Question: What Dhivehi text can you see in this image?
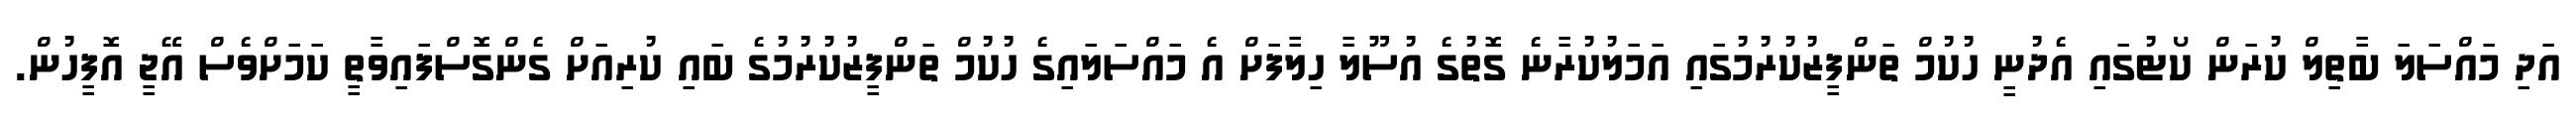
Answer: އަދި މައްސަލަ ބާތިލް ކުރަން ކޯޓުގައި އެދުނީ ހުކުމް ތަންފީޒުކުރުމުގައި އަމަލުކުރާނެ ގޮތުގެ އުސޫލާ ހިލާފަށް އެ މައްސަލައިގެ ހުކުމް ތަންފީޒުކުރުމުގެ ބައި ކުރިއަށް ގެންގޮސްފައިވާތީ ކަމަށްވެސް އޭޖީ އޮފީހުން.